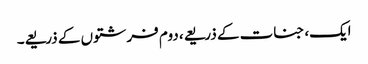
ایک، جنات کے ذریعے، دوم فرشتوں کے ذریعے۔